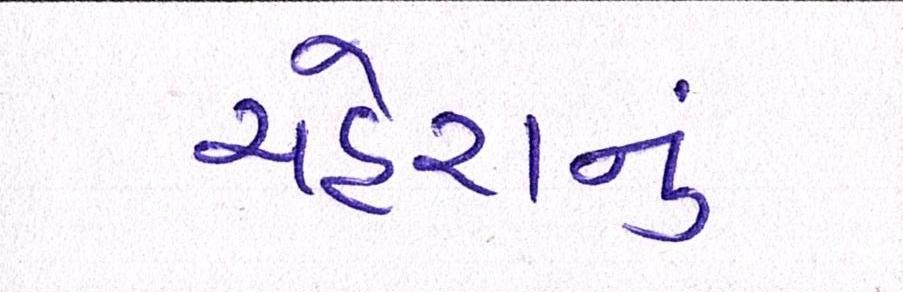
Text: ચહેરાનું